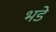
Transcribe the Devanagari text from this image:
भडे